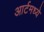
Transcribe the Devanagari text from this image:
आर्टमध्‍ये